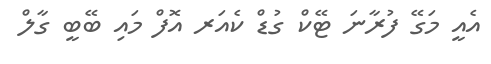
އެއީ މަގޭ ފުރާނަ ޓޭކް ގުޑް ކެއަރ އޮފް މައި ބޭބީ ގާލް